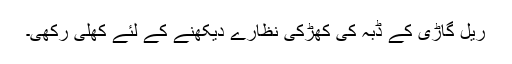
ریل گاڑی کے ڈبہ کی کھڑکی نظارے دیکھنے کے لئے کھلی رکھی۔